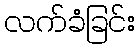
လက်ခံခြင်း